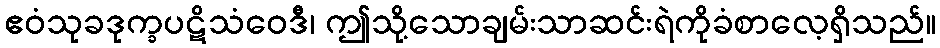
ဧဝံသုခဒုက္ခပဋိသံဝေဒီ၊ ဤသို့သောချမ်းသာဆင်းရဲကိုခံစာလေ့ရှိသည်။